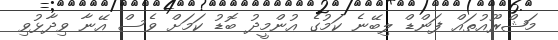
މަޝްރޫއުތައް ފަންޑް ލިބޭނެ ކަމުގެ އުންމީދު ބޮޑު ކަމަށް ވެސް އޭނާ ވިދާޅުވި